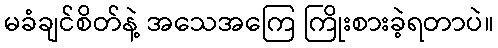
မခံချင်စိတ်နဲ့ အသေအကြေ ကြိုးစားခဲ့ရတာပဲ။